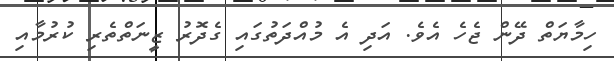
ހިމާޔަތް ދޭން ޖެހެ އެވެ. އަދި އެ މުއްދަތުގައި ގެދޮރު ޒީނަތްތެރި ކުރުމާއި